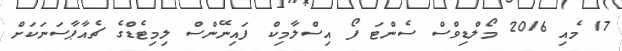
17 މެއި 2016 މޯލްޑިވްސް ސެންޓަ ފޯ އިސްލާމިކް ފައިނޭންސް ލިމިޓެޑްގެ ޗެއާޕާސަނަކަށް